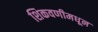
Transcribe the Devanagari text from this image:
शिकवणीमधून